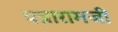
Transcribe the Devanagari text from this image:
पन्नारामजी